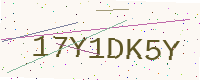
Text: 17Y1DK5Y